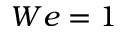
W e = 1